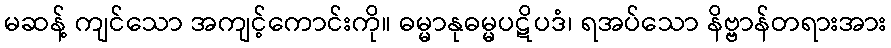
မဆန့် ကျင်သော အကျင့်ကောင်းကို။ ဓမ္မာနုဓမ္မပဋိပဒံ၊ ရအပ်သော နိဗ္ဗာန်တရားအား